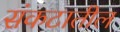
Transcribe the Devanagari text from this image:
संकटातील